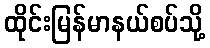
ထိုင်းမြန်မာနယ်စပ်သို့